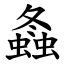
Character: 螽